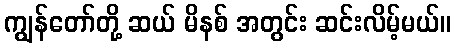
ကျွန်တော်တို့ ဆယ် မိနစ် အတွင်း ဆင်းလိမ့်မယ်။